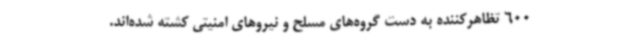
600 تظاهرکننده به دست گروه‌های مسلح و نیروهای امنیتی کشته شده‌اند.